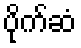
ပိုက်ဆံ